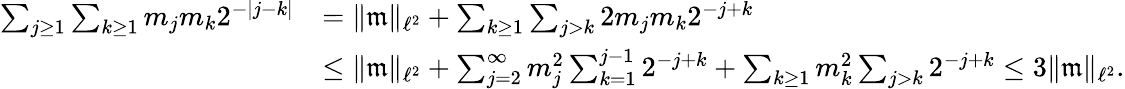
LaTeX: \begin{array}{rl}{\sum_{j\geq 1}\sum_{k\geq 1}m_{j}m_{k}2^{-|j-k|}}&{=\| \mathfrak m\| _{\ell^{2}}+\sum_{k\geq 1}\sum_{j>k}2m_{j}m_{k}2^{-j+k}}\\ &{\leq\| \mathfrak m\| _{\ell^{2}}+\sum_{j=2}^{\infty}m_{j}^{2}\sum_{k=1}^{j-1}2^{-j+k}+\sum_{k\geq 1}m_{k}^{2}\sum_{j>k}2^{-j+k}\leq 3\| \mathfrak m\| _{\ell^{2}}.}\end{array}